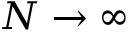
N \to \infty